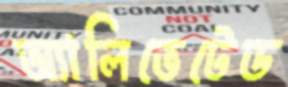
অ্যালিভেটেড